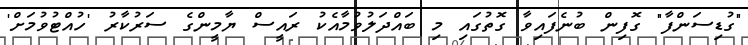
"ގުޑިސަންފާ" ގޮފިން ބުނެފައިވާ ގޮތުގައި މި ބައްދަލުވުމާއެކު ރައީސް ޔާމީންގެ ސަރުކާރު 'ހުއްޓުވުމަށް'